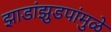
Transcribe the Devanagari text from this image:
झाडांझुडपांमुळे